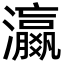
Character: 𬉩